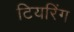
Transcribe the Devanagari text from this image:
टियरिंग